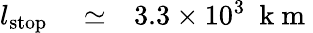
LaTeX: \begin{array}{rlr}{l_{\mathrm{stop}}}&{{}\simeq}&{3.3\times 10^{3}~\mathrm{~k~m~}}\end{array}